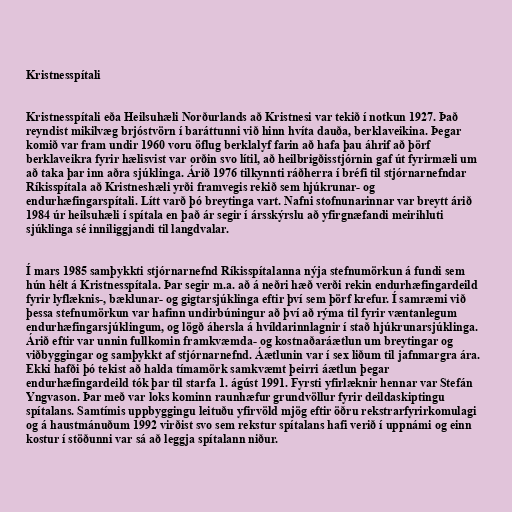
Kristnesspítali

Kristnesspítali eða Heilsuhæli Norðurlands að Kristnesi var tekið í notkun 1927. Það
reyndist mikilvæg brjóstvörn í baráttunni við hinn hvíta dauða, berklaveikina. Þegar
komið var fram undir 1960 voru öflug berklalyf farin að hafa þau áhrif að þörf
berklaveikra fyrir hælisvist var orðin svo lítil, að heilbrigðisstjórnin gaf út fyrirmæli um
að taka þar inn aðra sjúklinga. Árið 1976 tilkynnti ráðherra í bréfi til stjórnarnefndar
Ríkisspítala að Kristneshæli yrði framvegis rekið sem hjúkrunar- og
endurhæfingarspítali. Lítt varð þó breytinga vart. Nafni stofnunarinnar var breytt árið
1984 úr heilsuhæli í spítala en það ár segir í ársskýrslu að yfirgnæfandi meirihluti
sjúklinga sé inniliggjandi til langdvalar.

Í mars 1985 samþykkti stjórnarnefnd Ríkisspítalanna nýja stefnumörkun á fundi sem
hún hélt á Kristnesspítala. Þar segir m.a. að á neðri hæð verði rekin endurhæfingardeild
fyrir lyflæknis-, bæklunar- og gigtarsjúklinga eftir því sem þörf krefur. Í samræmi við
þessa stefnumörkun var hafinn undirbúningur að því að rýma til fyrir væntanlegum
endurhæfingarsjúklingum, og lögð áhersla á hvíldarinnlagnir í stað hjúkrunarsjúklinga.
Árið eftir var unnin fullkomin framkvæmda- og kostnaðaráætlun um breytingar og
viðbyggingar og samþykkt af stjórnarnefnd. Áætlunin var í sex liðum til jafnmargra ára.
Ekki hafði þó tekist að halda tímamörk samkvæmt þeirri áætlun þegar
endurhæfingardeild tók þar til starfa 1. ágúst 1991. Fyrsti yfirlæknir hennar var Stefán
Yngvason. Þar með var loks kominn raunhæfur grundvöllur fyrir deildaskiptingu
spítalans. Samtímis uppbyggingu leituðu yfirvöld mjög eftir öðru rekstrarfyrirkomulagi
og á haustmánuðum 1992 virðist svo sem rekstur spítalans hafi verið í uppnámi og einn
kostur í stöðunni var sá að leggja spítalann niður.